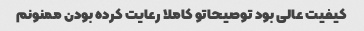
کیفیت عالی بود توصیحاتو کاملا رعایت کرده بودن ممنونم